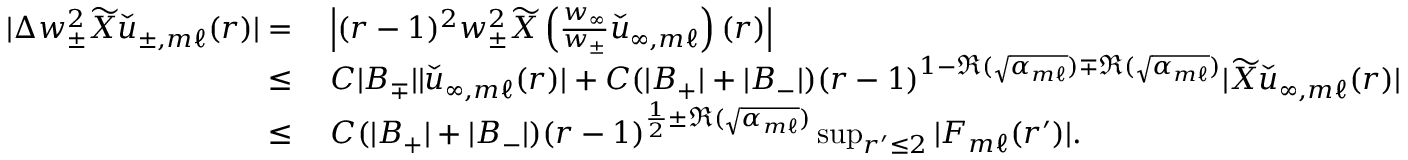
\begin{array} { r l } { | \Delta w _ { \pm } ^ { 2 } \widetilde { X } \check { u } _ { \pm , m \ell } ( r ) | = } & { \: \left| ( r - 1 ) ^ { 2 } w _ { \pm } ^ { 2 } \widetilde { X } \left( \frac { w _ { \infty } } { w _ { \pm } } \check { u } _ { \infty , m \ell } \right) ( r ) \right| } \\ { \leq } & { \: C | B _ { \mp } | | \check { u } _ { \infty , m \ell } ( r ) | + C ( | B _ { + } | + | B _ { - } | ) ( r - 1 ) ^ { 1 - \Re ( \sqrt { \alpha _ { m \ell } } ) \mp \Re ( \sqrt { \alpha _ { m \ell } } ) } | \widetilde { X } \check { u } _ { \infty , m \ell } ( r ) | } \\ { \leq } & { \: C ( | B _ { + } | + | B _ { - } | ) ( r - 1 ) ^ { \frac { 1 } { 2 } \pm \Re ( \sqrt { \alpha _ { m \ell } } ) } \operatorname* { s u p } _ { r ^ { \prime } \leq 2 } | F _ { m \ell } ( r ^ { \prime } ) | . } \end{array}